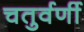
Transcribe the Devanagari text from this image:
चतुर्वर्णी